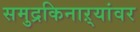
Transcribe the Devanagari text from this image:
समुद्रकिनाऱ्यांवर